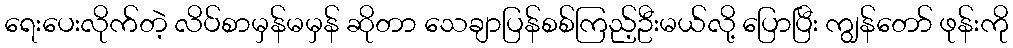
ရေးပေးလိုက်တဲ့ လိပ်စာမှန်မမှန် ဆိုတာ သေချာပြန်စစ်ကြည့်ဦးမယ်လို့ ပြောပြီး ကျွန်တော် ဖုန်းကို